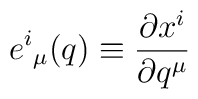
{e^i}_\mu (q) \equiv \frac{\partial x^i}{\partial q^\mu}